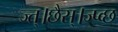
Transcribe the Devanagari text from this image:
ज्त्।छैस्।ज्प्व्छ